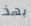
بهذ